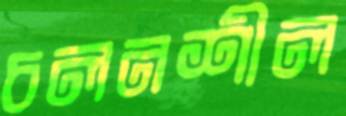
চলনশীল